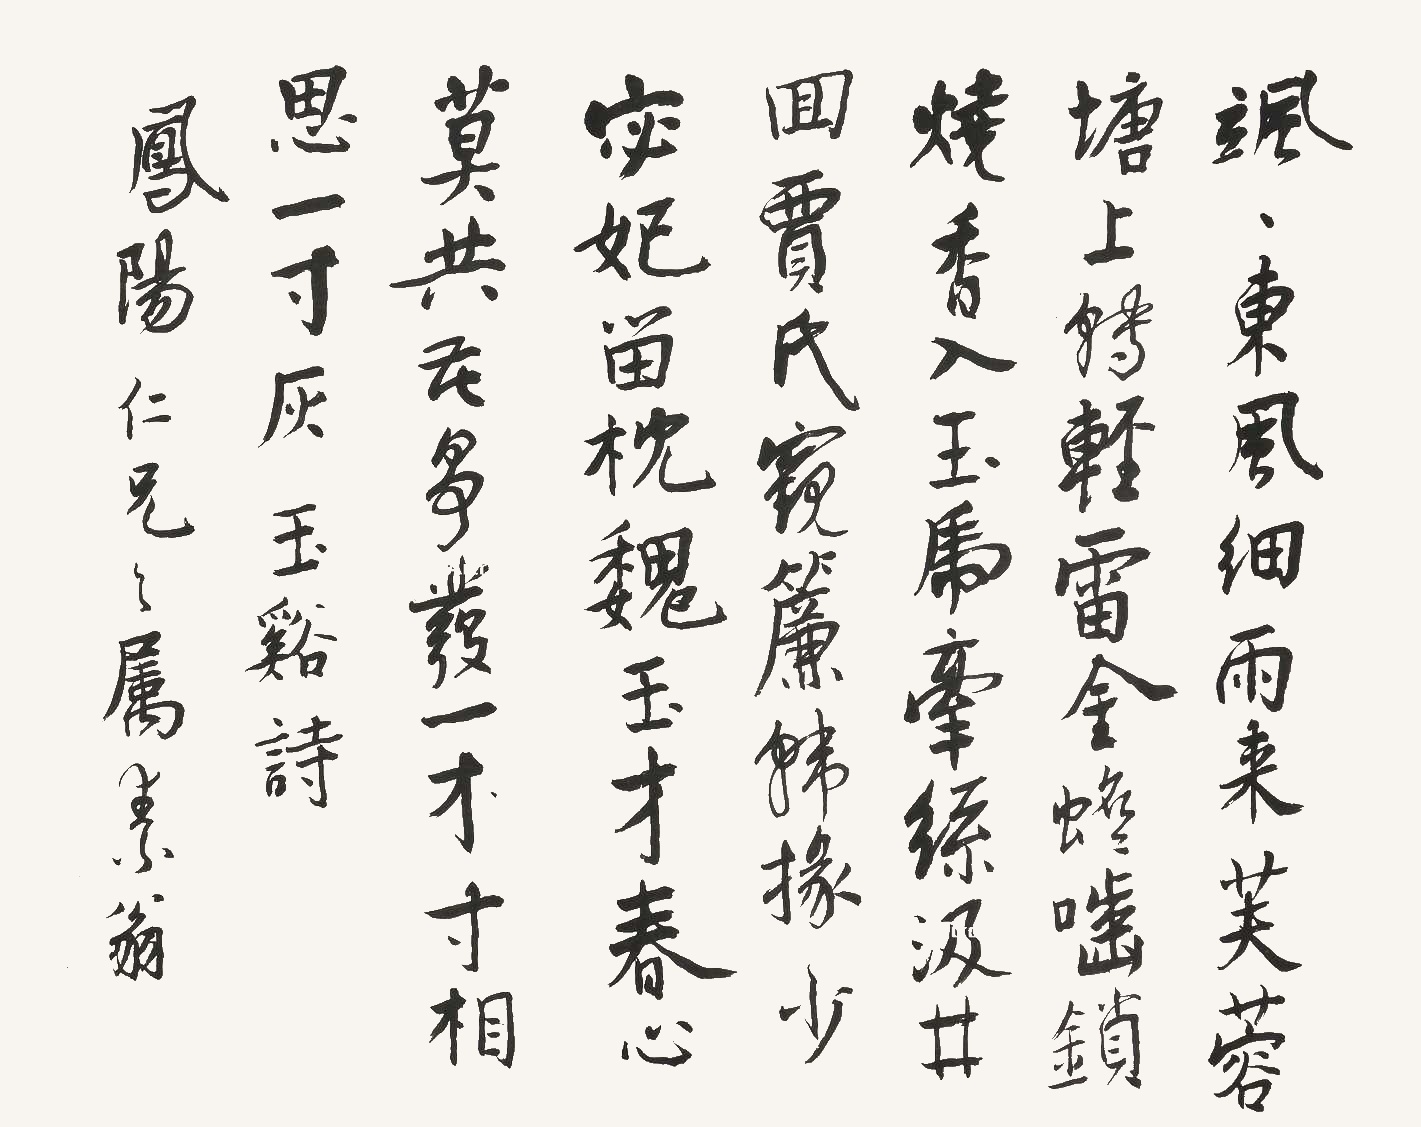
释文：飒飒东风细雨来，芙蓉塘外有轻雷。金蟾啮锁烧香入，玉虎牵丝汲井回。贾氏窥帘韩掾少，宓妃留枕魏王才。春心莫共花争发，一寸相思一寸灰。

大道之行也，天下为公。凤阳仁兄之属，素翁。
凤阳先生雅属，孔德成。